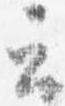
云